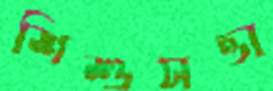
শিশুসত্তা